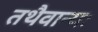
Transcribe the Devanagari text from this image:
तथैवान्यः